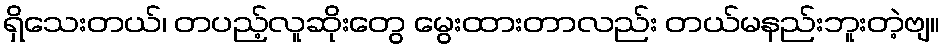
ရှိသေးတယ်၊ တပည့်လူဆိုးတွေ မွေးထားတာလည်း တယ်မနည်းဘူးတဲ့ဗျ။